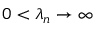
0 < \lambda _ { n } \to \infty